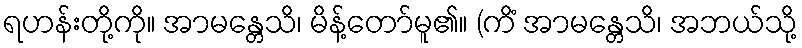
ရဟန်းတို့ကို။ အာမန္တေသိ၊ မိန့်တော်မူ၏။ (ကိံ အာမန္တေသိ၊ အဘယ်သို့